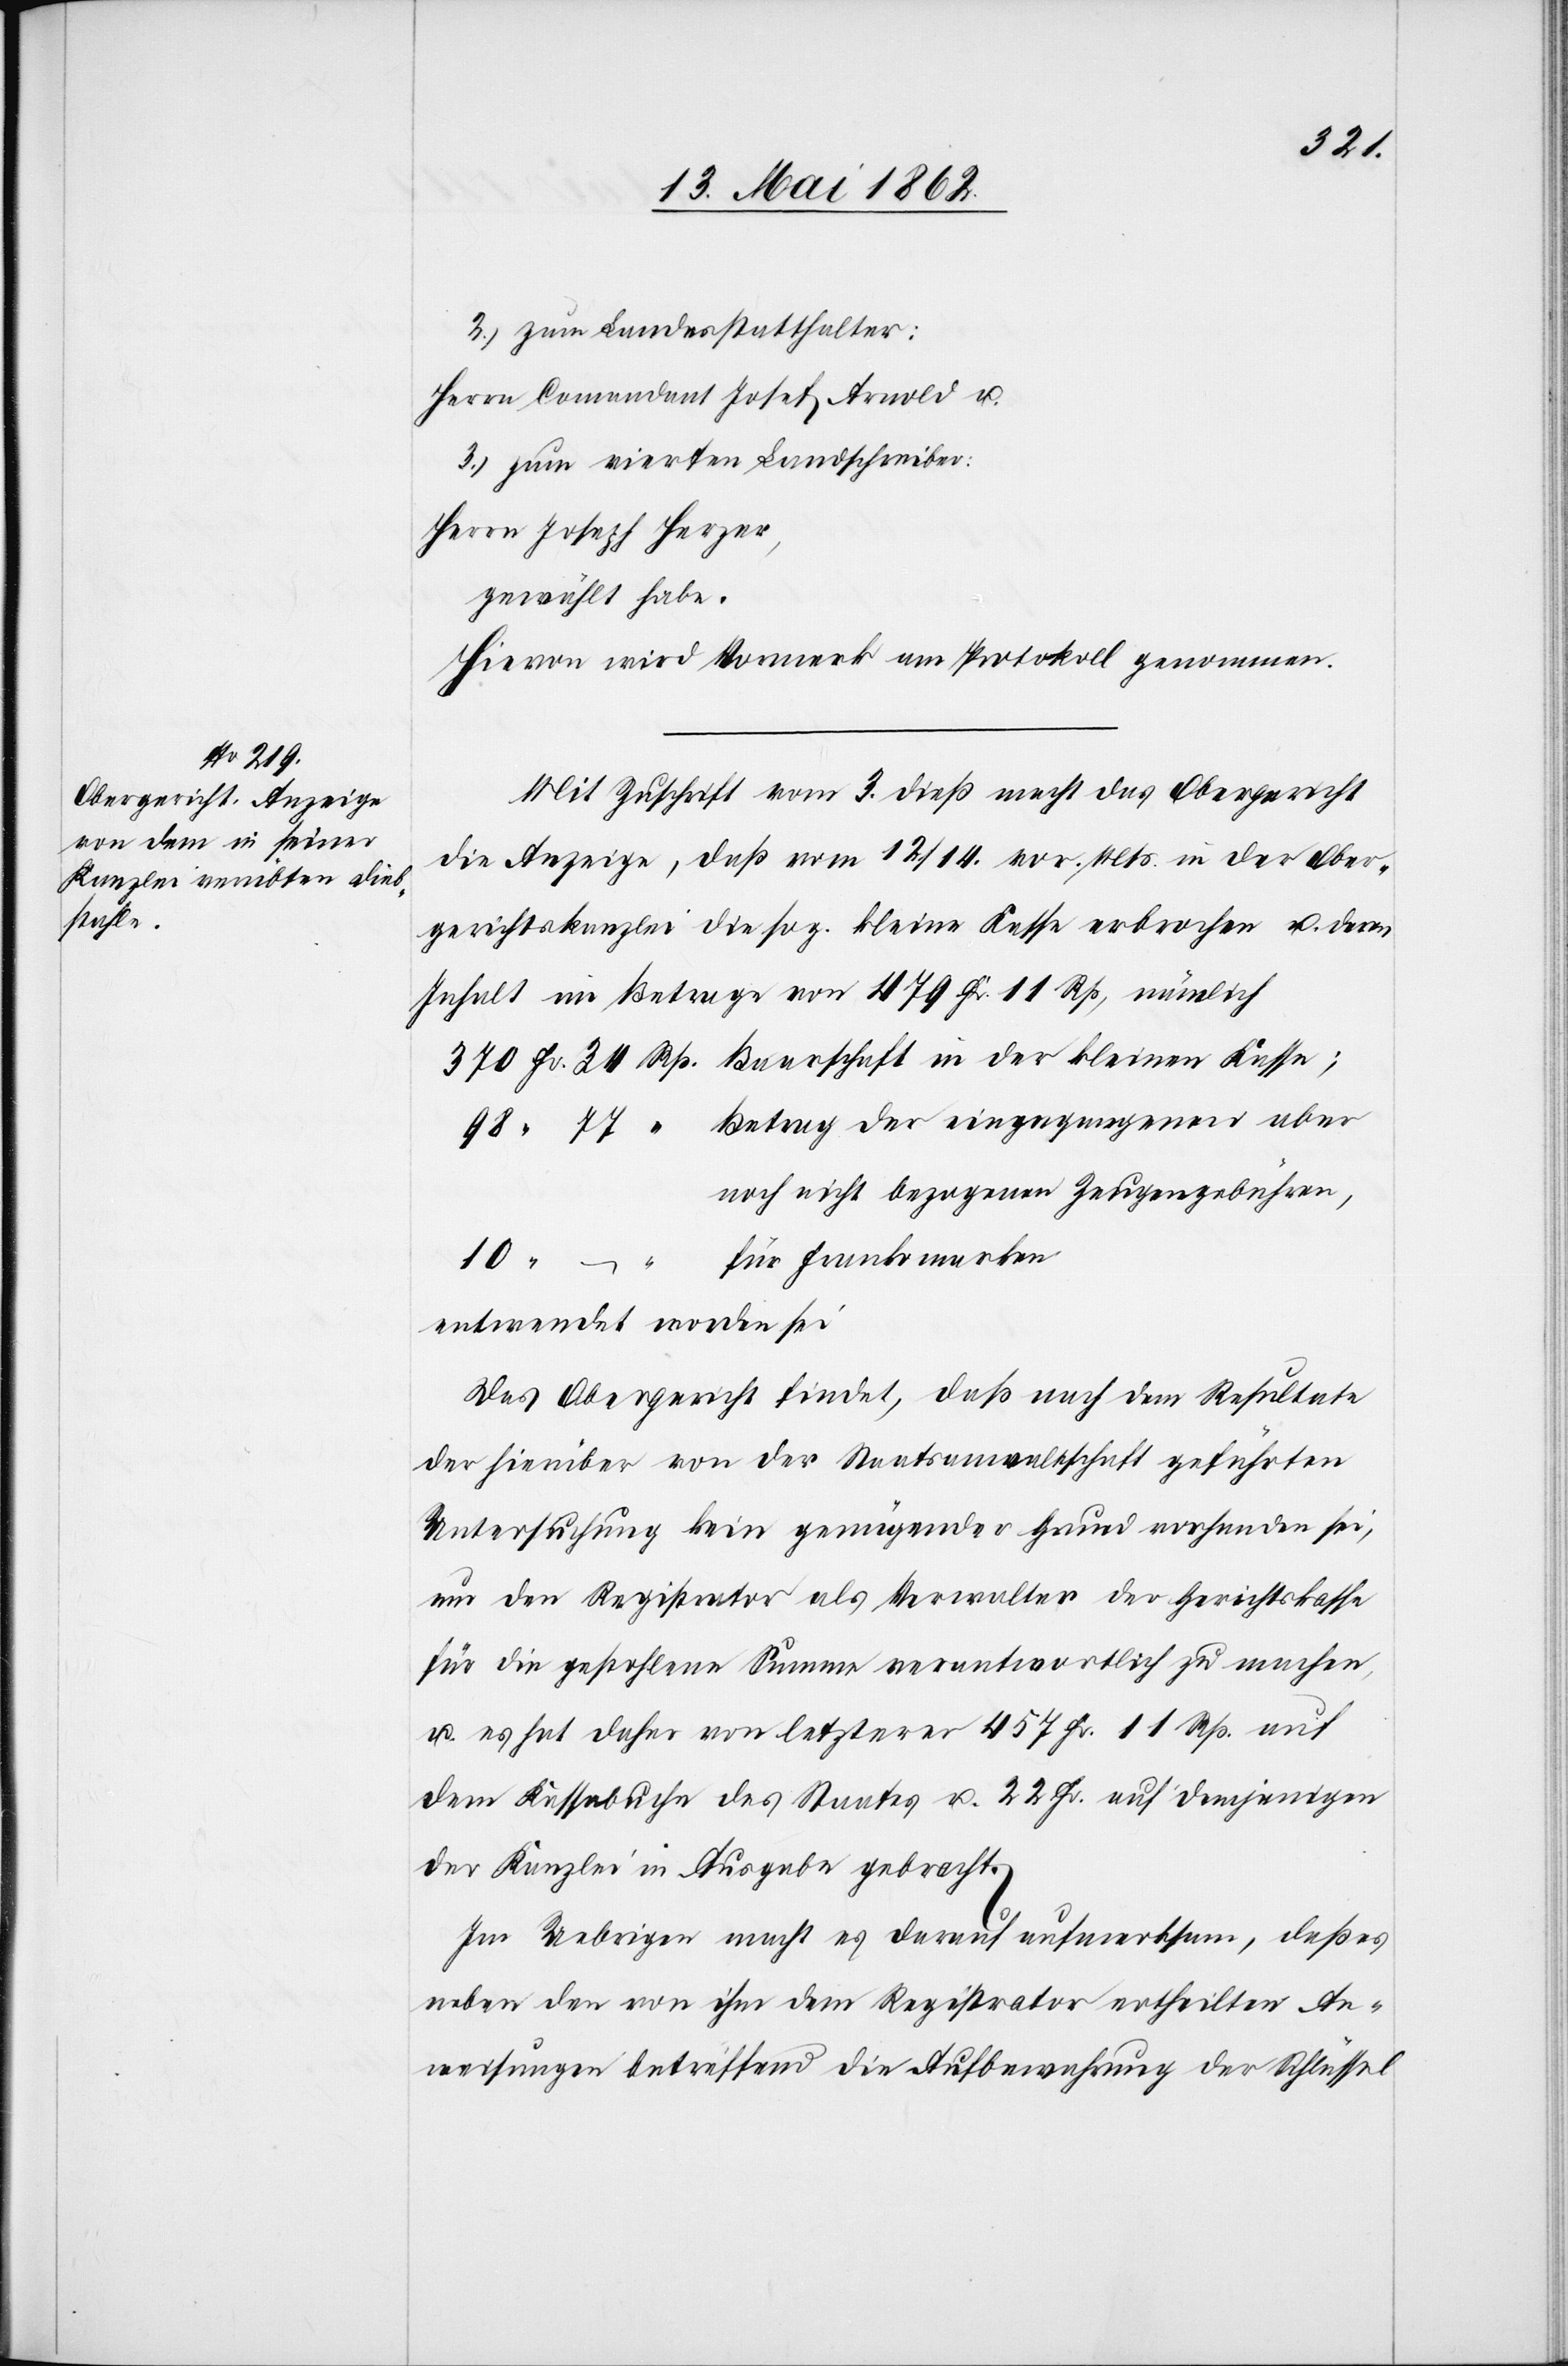
Kasse;

der
2. zum Landesstatthalter:
Herrn Comandant Josef Arnold u.
3. zum vierten Landschreiber:
Herrn Joseph Herzer,
gewählt habe.
Hievon wird Vormerk am Protokoll genommen.
Mit Zuschrift vom 3. dieß macht das Obergericht
die Anzeige, daß vom 12./14. vor. Mts. in der Ober¬
gerichtskanzlei die sog. kleine Kasse erbrochen u. deren
Inhalt im Betrage von 479 Fr. 11 Rp, nämlich
noch nicht bezogenen Zeugengebühren;
für Frankomarken
entwendet worden sei.
Das Obergericht findet, daß nach dem Resultate
der hierüber von der Staatsanwaltschaft geführten
Untersuchung kein genügender Grund vorhanden sei,
um den Registrator als Verwalter der Gerichtskasse
für die gestohlene Summe verantwortlich zu machen,
u. es hat daher von letzterer 457 Fr. 11 Rp. auf
dem Kassabuche des Staates u. 22 Fr. auf demjenigen
der Kanzlei in Ausgabe gebracht.
Im Uebrigen macht es darauf aufmerksam, daß es
neben den von ihm dem Registrator ertheilten An¬
weisungen betreffend die Aufbewahrung der Schlüssel